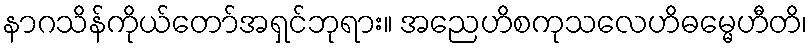
နာဂသိန်ကိုယ်တော်အရှင်ဘုရား။ အညေဟိစကုသလေဟိဓမ္မေဟီတိ၊